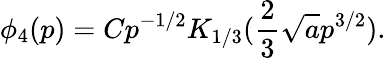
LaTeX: \phi_{4}(p)=Cp^{-1/2}K_{1/3}(\frac 23\sqrt ap^{3/2}).